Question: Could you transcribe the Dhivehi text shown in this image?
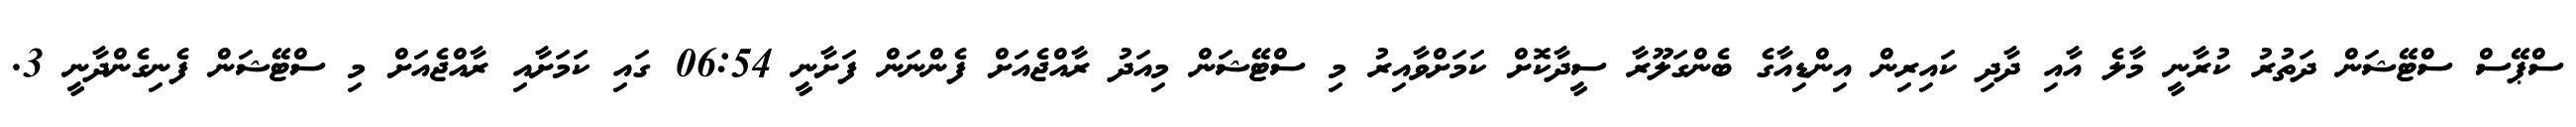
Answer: ސްޕޭސް ސްޓޭޝަން ދަތުރު ކުރާނީ މާލެ އާއި ދާދި ކައިރިން އިންޑިއާގެ ބެންގަލޫރާ ސީދާކޮށް ކަމަށްވާއިރު މި ސްޓޭޝަން މިއަދު ރާއްޖެއަށް ފެންނަން ފަށާނީ 06:54 ގައި ކަމަށާއި ރާއްޖެއަށް މި ސްޓޭޝަން ފެނިގެންދާނީ 3.